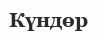
Күндөр